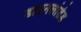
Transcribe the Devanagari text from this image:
डाउनलोडेड